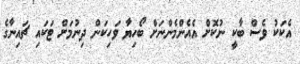
އެކަކު ވެސް ބާކީ ނުކޮށް އެއެންމެންނަށް ބޯހިޔާ ވަހިކަން ދިނުމަށް ޓަކައި ޗައިނާގެ